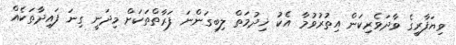
ވިޔަފާރީގެ ވާދަވެރިކަން އިތުރުވުމާ އެކު ޚިދުމަތް ލިބިގަންނަ ފަރާތްތަކަށް މިދަނީ ގިނަ ފައިދާތަކެއް